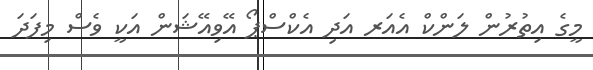
މީގެ އިތުރުން ލަންކް އެއަރ އަދި އެކްސްޕޯ އޭވިއޭޝަން އަކީ ވެސް މިފަދަ